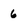
Character: 6